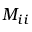
M _ { i i }